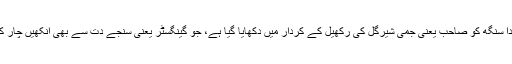
نئی فلم میں چترگندا سنگھ کو صاحب یعنی جمی شیرگل کی رکھیل کے کردار میں دکھایا گیا ہے، جو گینگسٹر یعنی سنجے دت سے بھی آنکھیں چار کرتی نظر آتی ہیں۔